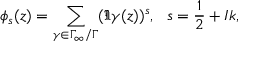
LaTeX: \phi _ { s } ( z ) = \sum _ { \gamma \in \Gamma _ { \infty } / \Gamma } ( \Im \gamma ( z ) ) ^ { s } , ~ ~ s = \frac { 1 } { 2 } + I k ,